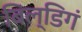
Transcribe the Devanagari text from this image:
बिल्डिगं